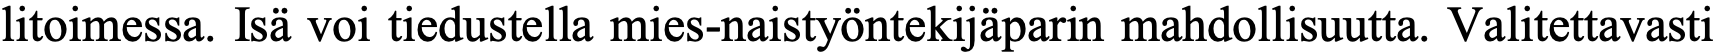
litoimessa. Isä voi tiedustella mies-naistyöntekijäparin mahdollisuutta. Valitettavasti